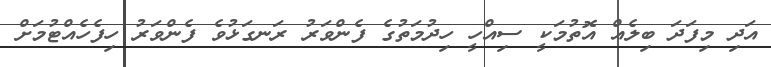
އަދި މިފަދަ ބިލެއް އޮތުމަކީ ސިއްހީ ހިދުމަތުގެ ފެންވަރު ރަނގަޅުވެ ފެންވަރު ހިފެހެއްޓުމަށް